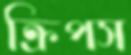
ক্রিপস